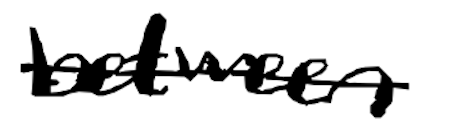
Text: between
Cross-out: single-line
Writing tool: digital_black